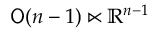
{ \mathsf { O } } ( n - 1 ) \ltimes \mathbb { R } ^ { n - 1 }